Lunatic asylums Bombay report 1891-1903 - 1891-1903
Year: 1891
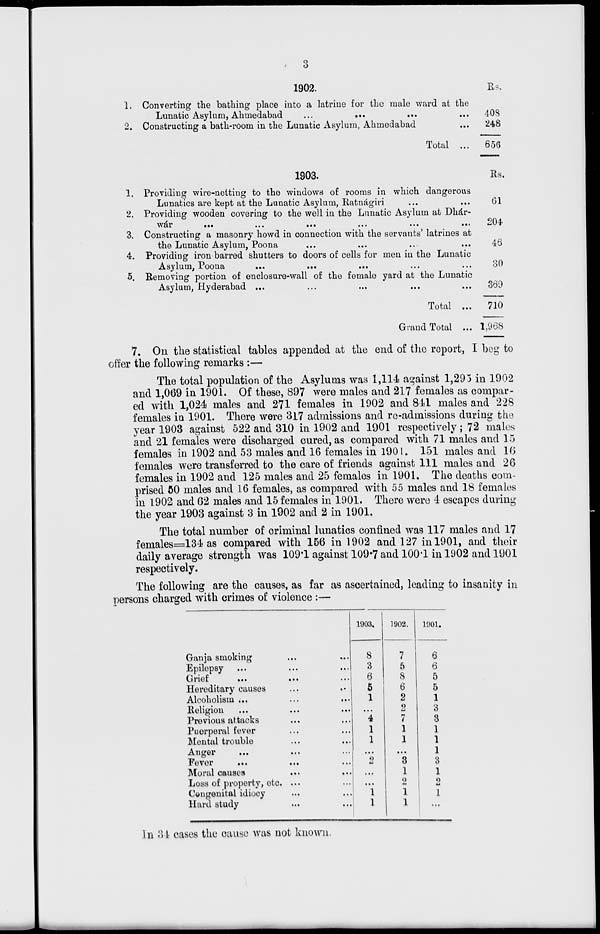
3
1.
2.
1902.
Converting the bathing place into a latrine for the male ward at the
Lunatic Asylum, Ahmedabad
...
...
...
...
Constructing a bath-room in the Lunatic Asylum, Ahmedabad
Total ...
Rs.
408
248
656
1.
2.
3.
4.
5.
1903.
Providing wire-netting to the windows of rooms in which dangerous
Lunatics are kept at the Lunatic Asylum, Ratnágiri ... ...
Providing wooden covering to the well in the Lunatic Asylum at Dhár-
wár
...
...
...
...
Constructing a masonry ho vd in connection with the servants' latrines at
the Lunatic Asylum, Poona ... ... ... ...
Providing iron barred shutters to doors of cells for men in the Lunatic
Asylum, Poona ... ... ... ...
Removing portion of enclosures-wall of the female yard at the Lunatic
Asylum, Hyderabad ... ... ... ... ...
Total ...
Grand Total ...
Rs.
61
204
46
80
369
710
1,968
7. On the statistical tables appended at the end of the report, 1 beg to
offer the following remarks :—
The total population of the Asylums was 1,114 against 1,295 in 1902
and 1,069 in 1901, Of these, 897 were males and 217 females as compar-
ed with 1,024 males and 271 females in 1902 and 841 males and 228
females in 1901, There were 317 admissions and re-admissions during the
year 1903 against 522 and 310 in 1902 and 1901 respectively; 72 males
and 21 females were discharged cured, as compared with 71 males and 15
females in 1902 and 53 males and 16 females in 1901, 151 males and 16
females were transferred to the care of friends against 111 males and 26
females in 1902 and 125 males and 25 females in 1901. The deaths com-
prised 50 males and 16 females, as compared with 55 males and 18 females
in 1902 and 62 males and 15 females in 1901. There were 4 escapes during
the year 1903 against 3 in 1902 and 2 in 1901,
The total number of criminal lunatics confined was 117 males and 17
females = 134 as compared with 153 in 1902 and 127 in 1901, and their
daily average stenght was 1091 against 109.7 and 1001 in 1902 and 1901
The following are the causes, as far as ascertained, leading to insanity in
persons charged with crimes of violence:—
Ganja smoking
...
...
Epilapsy ... ... ...
Grief
...
...
...
...
Hereditary causes ... ...
Alcoholism ... ... ...
Religion
...
...
...
Previous attacks ... ...
Puerperal feyer ... ...
Mental trouble ... ...
Angar ... ... ...
Fever
...
...
...
Moral causes ... ...
Loss of property, etc. ... ...
Congenital idiocy ... ...
Hard study ... ...
1903.
8
3
6
5
1
... 4
1
1
...
2
...
...
1
1
1902.
7
5
8
6
2
2 7
1
1
...
8
1
2
1
1
1901.
6
6
5
5
1
3
8
1
1
1
3
1
2
1
...
In 34 cases the cause was not known.